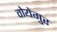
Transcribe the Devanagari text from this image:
वोयेगुर